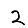
Digit: 2